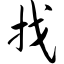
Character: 找